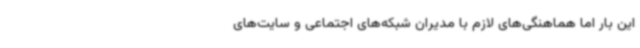
این بار اما هماهنگی‌های لازم با مدیران شبکه‌های اجتماعی و سایت‌های